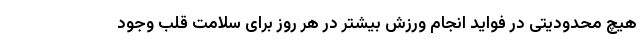
هیچ محدودیتی در فواید انجام ورزش بیشتر در هر روز برای سلامت قلب وجود